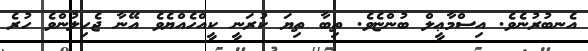
އެނބުރުނެވެ. އިސްމާޢީލް ބުންޏެވެ. ތިބާ ތިޔަ ކުރަނީ ކީއްހެއްޔެވެ އޭނާ ޖެހިލުންވެ ހުރެ